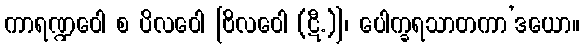
ကာရဏ္ဍဝေါ စ ပိလဝေါ [ဗိလဝေါ (ဋီ.)]၊ ပေါက္ခရသာတကာ’ဒယော။